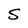
Character: S